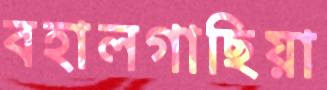
বহালগাছিয়া